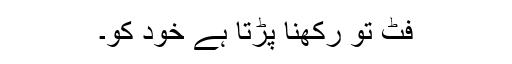
فٹ تو رکھنا پڑتا ہے خود کو۔